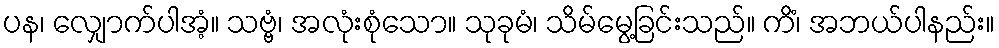
ပန၊ လျှောက်ပါအံ့။ သဗ္ဗံ၊ အလုံးစုံသော။ သုခုမံ၊ သိမ်မွေ့ခြင်းသည်။ ကိံ၊ အဘယ်ပါနည်း။